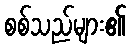
စစ်သည်များ၏